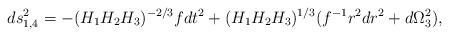
LaTeX: \begin{align*}ds^2_{1,4} = -(H_1 H_2 H_3)^{-2/3} f dt^{2} + (H_1 H_2 H_3)^{1/3}(f^{-1} r^2 dr^{2} + d\Omega_3^2),\end{align*}